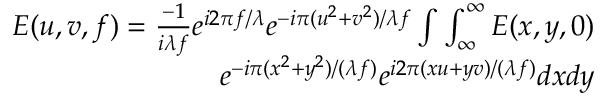
\begin{array} { r } { E ( u , v , f ) = \frac { - 1 } { i \lambda f } { { e } ^ { i 2 \pi f / \lambda } } { { e } ^ { - i \pi ( { { u } ^ { 2 } } + { { v } ^ { 2 } } ) / \lambda f } } \int \int _ { \infty } ^ { \infty } E ( x , y , 0 ) } \\ { { { e } ^ { - i \pi ( { { x } ^ { 2 } } + { { y } ^ { 2 } } ) / ( \lambda f ) } } { { e } ^ { i 2 \pi ( x u + y v ) / ( \lambda f ) } } d x d y } \end{array}